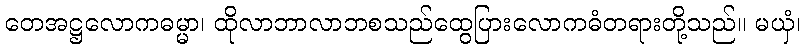
တေအဋ္ဌလောကဓမ္မာ၊ ထိုလာဘာလာဘစသည်ထွေပြားလောကဓံတရားတို့သည်။ မယှံ၊